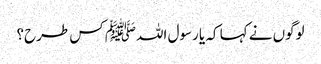
لوگوں نے کہا کہ یا رسول اللہﷺ کس طرح؟